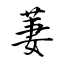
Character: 萋